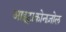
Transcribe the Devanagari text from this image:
आइट्राकोनज़ोल